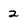
Character: 2